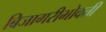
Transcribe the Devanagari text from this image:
बिजागरीभोवती